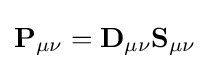
\mathbf {P_{\mu \nu }} =\mathbf {D_{\mu \nu }} \mathbf {S_{\mu \nu }}